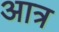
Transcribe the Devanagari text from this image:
आत्र